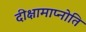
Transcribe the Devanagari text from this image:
दीक्षामाप्नोति